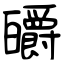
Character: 皭